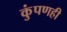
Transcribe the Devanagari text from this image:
कुंपणही